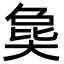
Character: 㚟